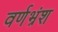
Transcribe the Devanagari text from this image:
वर्णभ्रंश